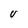
Character: V